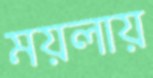
ময়লায়